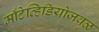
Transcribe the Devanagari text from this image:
माँटेव्हिडियोजवळ